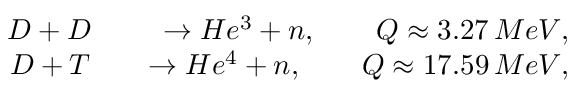
\begin{array} { r l r } { D + D } & { { } } & { \rightarrow H e ^ { 3 } + n , \qquad Q \approx 3 . 2 7 \, M e V , } \\ { D + T } & { { } } & { \rightarrow H e ^ { 4 } + n , \qquad Q \approx 1 7 . 5 9 \, M e V , } \end{array}